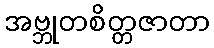
အဗ္ဘုတစိတ္တဇာတာ